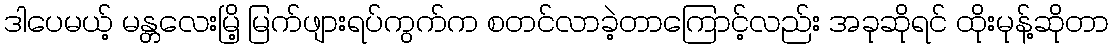
ဒါပေမယ့် မန္တလေးမြိ့ မြက်ဖျားရပ်ကွက်က စတင်လာခဲ့တာကြောင့်လည်း အခုဆိုရင် ထိုးမုန့်ဆိုတာ